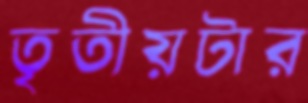
তৃতীয়টার